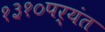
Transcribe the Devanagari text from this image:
१३१०पर्यंत